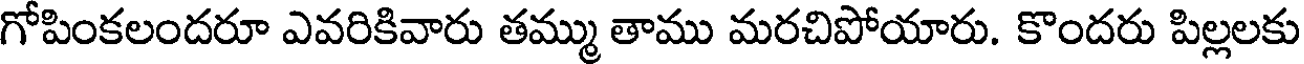
గోపింకలందరూ ఎవరికివారు తమ్ము తాము మరచిపోయారు. కొందరు పిల్లలకు